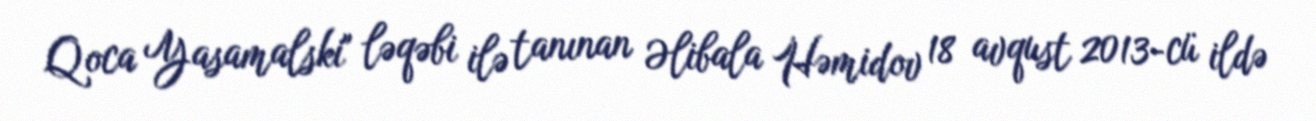
Qoca Yasamalski" ləqəbi ilə tanınan Əlibala Həmidov 18 avqust 2013-cü ildə